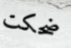
ضحكت